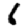
Digit: 6